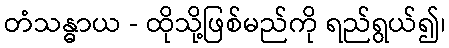
တံသန္ဓာယ - ထိုသို့ဖြစ်မည်ကို ရည်ရွယ်၍၊